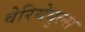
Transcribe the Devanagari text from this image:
वेरियेबुल्स